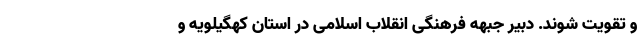
و تقویت شوند. دبیر جبهه فرهنگی انقلاب اسلامی در استان کهگیلویه و